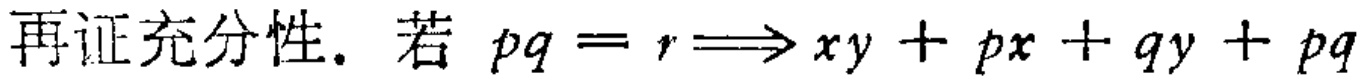
再证充分性. 若 \(pq = r\Longrightarrow xy + px + qy + pq\)